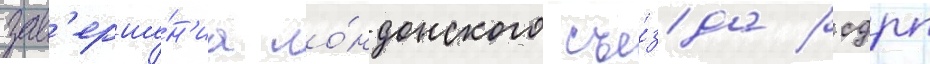
зав'ерше́н'иа ло́ндонского съе́зда рсдрп